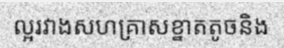
ល្អរវាងសហគ្រាសខ្នាតតូចនិង